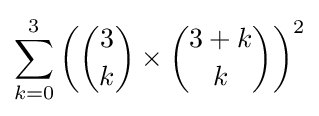
\sum _{k=0}^{3}\left({\binom {3}{k}}\times {\binom {3+k}{k}}\right)^{2}